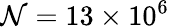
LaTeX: \mathcal{N}=13\times10^{6}